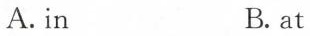
A.in B.at